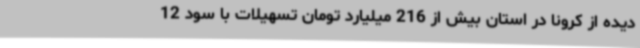
دیده از کرونا در استان بیش از 216 میلیارد تومان تسهیلات با سود 12